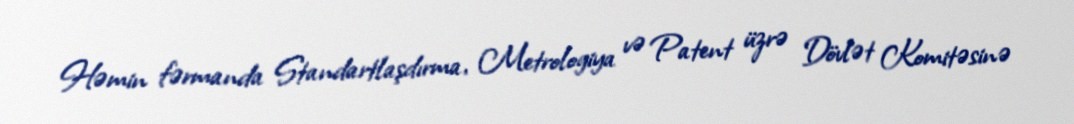
Həmin fərmanda Standartlaşdırma, Metrologiya və Patent üzrə Dövlət Komitəsinə